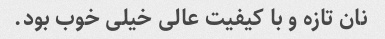
نان تازه و با کیفیت عالی خیلی خوب بود.